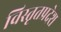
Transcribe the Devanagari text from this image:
विस्तृतप्रदेश